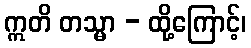
ဣတိ တသ္မာ - ထို့ကြောင့်၊